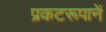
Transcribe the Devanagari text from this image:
प्रकटरूपानें